Indian journal of veterinary science and animal husbandry - Volume 5,
Year: 1935
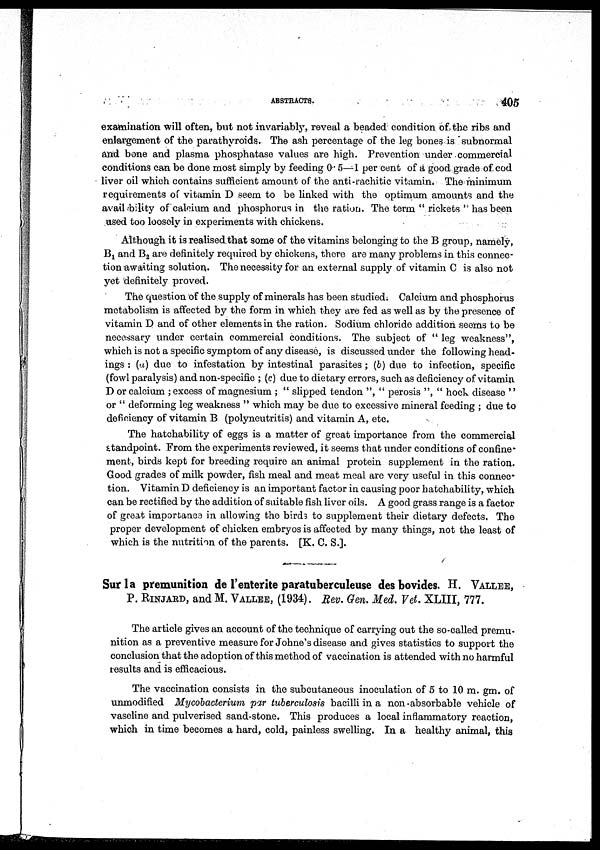
ABSTRACTS.
405
examination will often, but not invariably, reveal a beaded condition of the ribs and
enlargement of the parathyroids. The ash percentage of the leg bones is subnormal
and bone and plasma phosphatase values are high. Prevention under commercial
conditions can be done most simply by feeding 0.5—1 per cent of a good grade of cod
liver oil which contains sufficient amount of the anti-rachitic vitamin. The minimum
requirements of vitamin D seem to be linked with the optimum amounts and the
avail bility of calcium and phosphorus in the ration. The term " rickets " has been
used too loosely in experiments with chickens.
Although it is realised that some of the vitamins belonging to the B group, namely,
B 1 and B 2 are definitely required by chickens, there are many problems in this connec-
tion awaiting solution. The necessity for an external supply of vitamin C is also not
yet definitely proved.
The question of the supply of minerals has been studied. Calcium and phosphorus
metabolism is affected by the form in which they are fed as well as by the presence of
vitamin D and of other elements in the ration. Sodium chloride addition seems to be
necessary under certain commercial conditions. The subject of " leg weakness",
which is not a specific symptom of any disease, is discussed under the following head-
ings : (a) due to infestation by intestinal parasites ; (b) due to infection, specific
(fowl paralysis) and non-specific ; (c) due to dietary errors, such as deficiency of vitamin
D or calcium ; excess of magnesium ; " slipped tendon ", " perosis ", " hock disease "
or " deforming leg weakness " which may be due to excessive mineral feeding ; due to
deficiency of vitamin B (polyneutritis) and vitamin A, etc.
The hatchability of eggs is a matter of great importance from the commercial
standpoint. From the experiments reviewed, it seems that under conditions of confine
ment, birds kept for breeding require an animal protein supplement in the ration.
Good grades of milk powder, fish meal and meat meal are very useful in this connec-
tion. Vitamin D deficiency is an important factor in causing poor hatchability, which
can be rectified by the addition of suitable fish liver oils. A good grass range is a factor
of great importance in allowing the birds to supplement their dietary defects. The
proper development of chicken embryos is affected by many things, not the least of
which is the nutrition of the parents. [K. C. S.].
Surla premunition de l'enterite paratuberculeuse desbovides. H. VALLEE,
P. RINJARD, and M. VALLEE, (1934). Rev. Gen. Med. Vet. XLIII, 777.
The article gives an account of the technique of carrying out the so-called premu-
nition as a preventive measure for Johne's disease and gives statistics to support the
conclusion that the adoption of this method of vaccination is attended with no harmful
results and is efficacious.
The vaccination consists in the subcutaneous inoculation of 5 to 10 m. gm. of
unmodified Mycobacterium par tuberculosis bacilli in a non-absorbable vehicle of
vaseline and pulverised sand-stone. This produces a local inflammatory reaction,
which in time becomes a hard, cold, painless swelling. In a healthy animal, this